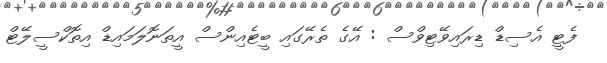
ފެޓީ އެސިޑް ޑިރައިވޭޓިވްސް : އޭގެ ތެރޭގައި ބީޓެއިންސް އީތަނޮލަމައިޑް އިތޮކްސީލޭޓް